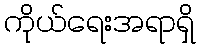
ကိုယ်ရေးအရာရှိ